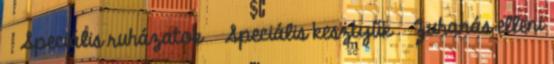
» Speciális ruházatok » Speciális kesztyűk » Zuhanás elleni